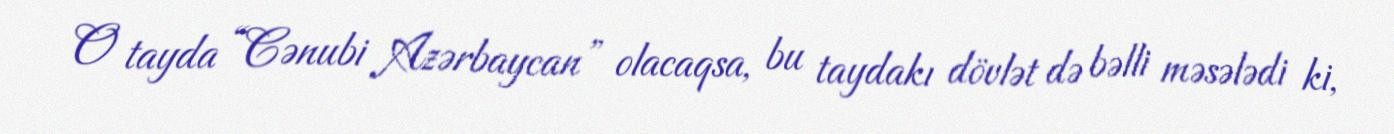
O tayda “Cənubi Azərbaycan” olacaqsa, bu taydakı dövlət də bəlli məsələdi ki,